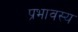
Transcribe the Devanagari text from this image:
प्रभावस्य